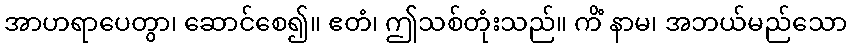
အာဟရာပေတွာ၊ ဆောင်စေ၍။ ဧတံ၊ ဤသစ်တုံးသည်။ ကိံ နာမ၊ အဘယ်မည်သော